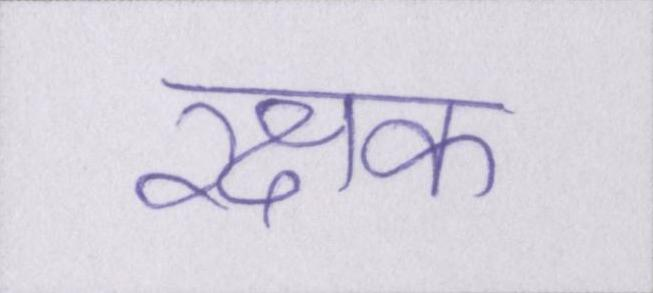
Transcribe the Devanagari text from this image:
रक्षक